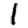
Digit: 1